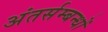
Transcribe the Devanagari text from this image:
अंतर्सम्बन्धों